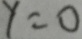
y = 0